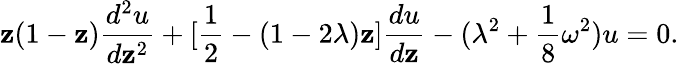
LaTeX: \mathbf{z}(1-\mathbf{z}){\frac{{d^{2}u}}{{d\mathbf{z}^{2}}}}+[{\frac{{1}}{{2}}}-(1-2\lambda)\mathbf{z}]{\frac{{du}}{{d\mathbf{z}}}}-(\lambda^{2}+{\frac{{1}}{{8}}}\omega^{2})u=0.